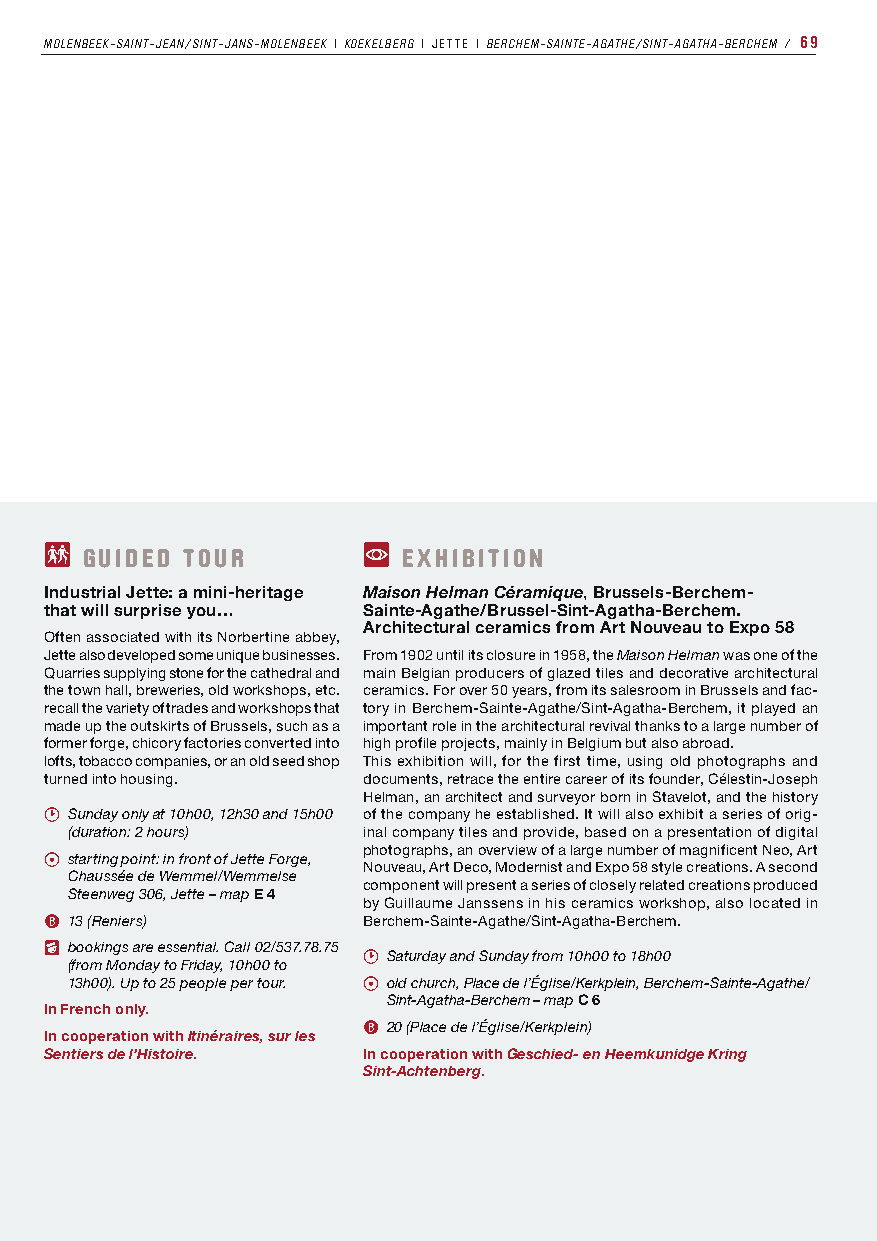
MOLENBEEK-SAINT-JEAN/SINT-JANS-MOLENBEEK I KOEKELBERG I JETTE I BERCHEM-SAINTE-AGATHE/SINT-AGATHA-BERCHEM ⁄ 69
 g GUIDED TOUR        h  EXHIBITION
 Industrial Jette: a mini-heritage Maison Helman Céramique, Brussels-Berchem-
 that will surprise you… Sainte-Agathe/Brussel-Sint-Agatha-Berchem.
 Architectural ceramics from Art Nouveau to Expo 58
 Often associated with its Norbertine abbey,
 Jette also developed some unique businesses. From 1902 until its closure in 1958, the Maison Helman was one of the
 Quarries supplying stone for the cathedral and main Belgian producers of glazed tiles and decorative architectural
 the town hall, breweries, old workshops, etc. ceramics. For over 50 years, from its salesroom in Brussels and fac-
 recall the variety of trades and workshops that tory in Berchem-Sainte-Agathe/Sint-Agatha-Berchem, it played an
 made up the outskirts of Brussels, such as a important role in the architectural revival thanks to a large number of
 former forge, chicory factories converted into high profile projects, mainly in Belgium but also abroad.
 lofts, tobacco companies, or an old seed shop This exhibition will, for the first time, using old photographs and
 turned into housing. documents, retrace the entire career of its founder, Célestin-Joseph
 Helman, an architect and surveyor born in Stavelot, and the history
 A Sunday only at 10h00, 12h30 and 15h00 of the company he established. It will also exhibit a series of orig-
 (duration: 2 hours) inal company tiles and provide, based on a presentation of digital
 photographs, an overview of a large number of magnificent Neo, Art
 C starting point: in front of Jette Forge,
 Nouveau, Art Deco, Modernist and Expo 58 style creations. A second
 Chaussée de Wemmel/Wemmelse
 component will present a series of closely related creations produced
 Steenweg 306, Jette – map E 4
 by Guillaume Janssens in his ceramics workshop, also located in
 B 13 (Reniers)       Berchem-Sainte-Agathe/Sint-Agatha-Berchem.
 I bookings are essential. Call 02/537.78.75
 A Saturday and Sunday from 10h00 to 18h00
 (from Monday to Friday, 10h00 to
 13h00). Up to 25 people per tour. C old church, Place de l’Église/Kerkplein, Berchem-Sainte-Agathe/
 Sint-Agatha-Berchem – map C 6
 In French only.
 B 20 (Place de l’Église/Kerkplein)
 In cooperation with Itinéraires, sur les
 Sentiers de l’Histoire. In cooperation with Geschied- en Heemkunidge Kring
 Sint-Achtenberg.